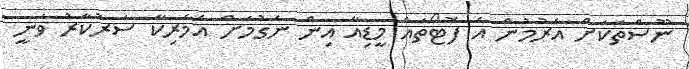
ނޫސްތަކަށް އެރުމުން އެ ފޮޓޯތައް މީޑިއާ އިން ނެގުމަށް އެމެރިކާ ސަރުކާރު ވަނީ